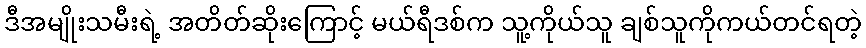
ဒီအမျိုးသမီးရဲ့ အတိတ်ဆိုးကြောင့် မယ်ရီဒစ်က သူ့ကိုယ်သူ ချစ်သူကိုကယ်တင်ရတဲ့